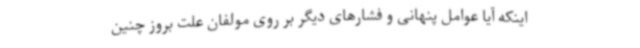
اینکه آیا عوامل پنهانی و فشارهای دیگر بر روی مولفان علت بروز چنین